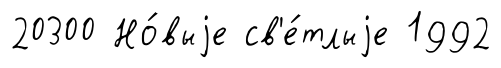
20300 Но́выjе св'е́тлыjе 1992